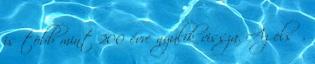
is több mint 200 évre nyúlik vissza. Az első,